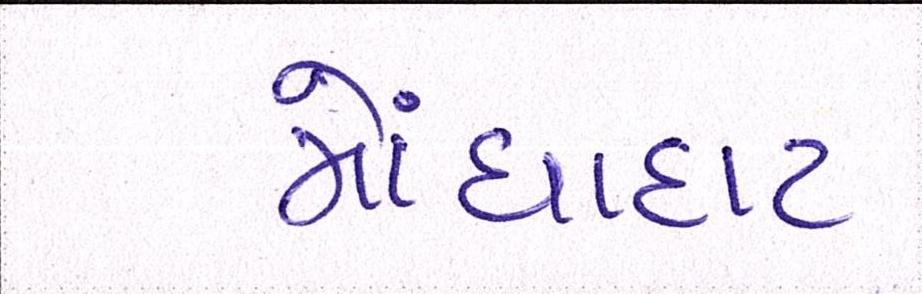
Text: મોંઘાદાટ